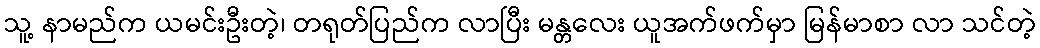
သူ့ နာမည်က ယမင်းဦးတဲ့၊ တရုတ်ပြည်က လာပြီး မန္တလေး ယူအက်ဖက်မှာ မြန်မာစာ လာ သင်တဲ့